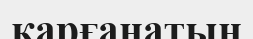
қарғанатын